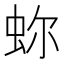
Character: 𧉰